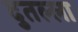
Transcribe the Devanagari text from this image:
दुतल्ला